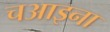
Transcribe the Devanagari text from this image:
चआइना